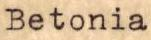
Betonia